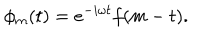
\phi _ { m } ( t ) = e ^ { - i \omega t } f ( m - t ) .